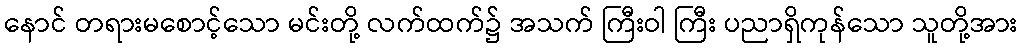
နောင် တရားမစောင့်သော မင်းတို့ လက်ထက်၌ အသက် ကြီးဝါ ကြီး ပညာရှိကုန်သော သူတို့အား